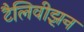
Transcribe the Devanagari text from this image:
टैलिवीझ़न